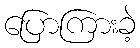
ပြောကြားခဲ့